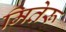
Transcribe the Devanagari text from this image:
मितेरू